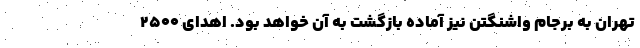
تهران به برجام واشنگتن نیز آماده بازگشت به آن خواهد بود. اهدای ۲۵۰۰